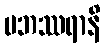
ပဘဿရာနိ